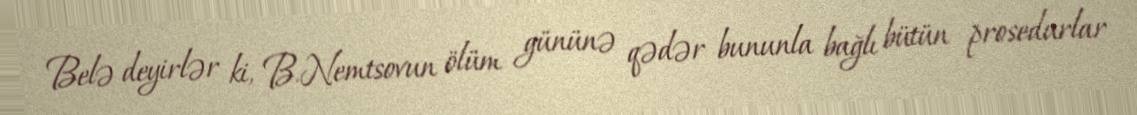
Belə deyirlər ki, B.Nemtsovun ölüm gününə qədər bununla bağlı bütün prosedurlar